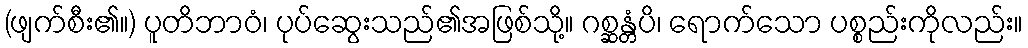
(ဖျက်စီး၏။) ပူတိဘာဝံ၊ ပုပ်ဆွေးသည်၏အဖြစ်သို့။ ဂစ္ဆန္တံပိ၊ ရောက်သော ပစ္စည်းကိုလည်း။